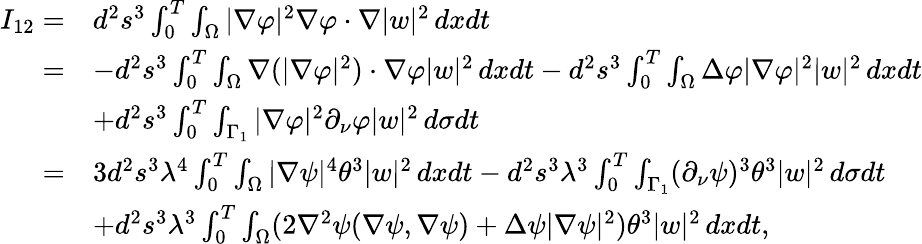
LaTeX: \begin{array}{rl}{I_{12}=}&{d^{2}s^{3}\int_{0}^{T}\int_{\Omega}|\nabla\varphi|^{2}\nabla\varphi\cdot\nabla|w|^{2}\, dxdt}\\ {=}&{-d^{2}s^{3}\int_{0}^{T}\int_{\Omega}\nabla(|\nabla\varphi|^{2})\cdot\nabla\varphi|w|^{2}\, dxdt-d^{2}s^{3}\int_{0}^{T}\int_{\Omega}\Delta\varphi|\nabla\varphi|^{2}|w|^{2}\, dxdt}\\ &{+d^{2}s^{3}\int_{0}^{T}\int_{\Gamma_{1}}|\nabla\varphi|^{2}\partial_{\nu}\varphi|w|^{2}\, d\sigma dt}\\ {=}&{3d^{2}s^{3}\lambda^{4}\int_{0}^{T}\int_{\Omega}|\nabla\psi|^{4}\theta^{3}|w|^{2}\, dxdt-d^{2}s^{3}\lambda^{3}\int_{0}^{T}\int_{\Gamma_{1}}(\partial_{\nu}\psi)^{3}\theta^{3}|w|^{2}\, d\sigma dt}\\ &{+d^{2}s^{3}\lambda^{3}\int_{0}^{T}\int_{\Omega}(2\nabla^{2}\psi(\nabla\psi,\nabla\psi)+\Delta\psi|\nabla\psi|^{2})\theta^{3}|w|^{2}\, dxdt,}\end{array}